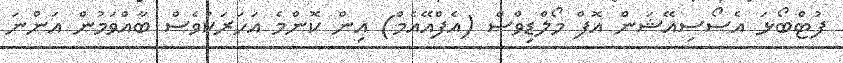
ފުޓްބޯޅަ އެސޯސިއޭޝަން އޮފް މޯލްޑިވްސް (އެފްއޭއެމް) އިން ކޮންމެ އަހަރަކުވެސް ބާއްވަމުން އަންނަ